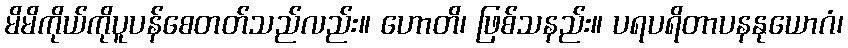
မိမိကိုယ်ကိုပူပန်စေတတ်သည်လည်း။ ဟောတိ၊ ဖြစ်သနည်း။ ပရပရိတာပနနုယောဂံ၊